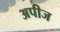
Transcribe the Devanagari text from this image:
अपीज